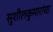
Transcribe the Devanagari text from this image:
सुशीलकुमारांचा